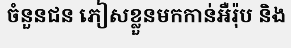
ចំនួនជន ភៀសខ្លួនមកកាន់អឺរ៉ុប និង